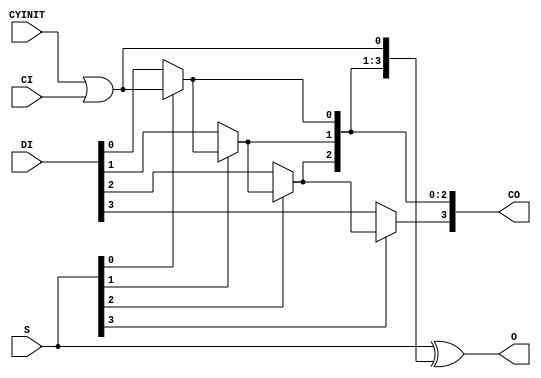
// $Header: /devl/xcs/repo/env/Databases/CAEInterfaces/xec_libs/data/unisims/CARRY4.v,v 1.2 2008/05/05 22:10:46 vandanad Exp $
///////////////////////////////////////////////////////////////////////////////
// Copyright (c) 1995/2006 Xilinx, Inc.
// All Right Reserved.
///////////////////////////////////////////////////////////////////////////////
//   ____  ____
//  /   /\/   /
// /___/  \  /    Vendor : Xilinx
// \   \   \/     Version : 8.2i
//  \   \         Description : Xilinx Formal Verification Library Component
//  /   /                  Fast Carry Logic with Look Ahead 
// /___/   /\     Filename : CARRY4.v
// \   \  /  \    Timestamp : Wed Jun  7 16:13:41 PDT 2006
//  \___\/\___\
//
// Revision:
//    06/07/06 - Initial version.
// End Revision

`timescale  100 ps / 10 ps

module CARRY4 (CO, O, CI, CYINIT, DI, S);

    output [3:0] CO;
    output [3:0] O;
    input CI;
    input CYINIT;
    input [3:0] DI;
    input [3:0] S;
    wire ci_or_cyinit;


    assign O = S ^ {CO[2:0], ci_or_cyinit};
    assign CO[0] = S[0] ? ci_or_cyinit : DI[0];
    assign CO[1] = S[1] ? CO[0] : DI[1];
    assign CO[2] = S[2] ? CO[1] : DI[2];
    assign CO[3] = S[3] ? CO[2] : DI[3];
    assign ci_or_cyinit = CYINIT | CI;

endmodule